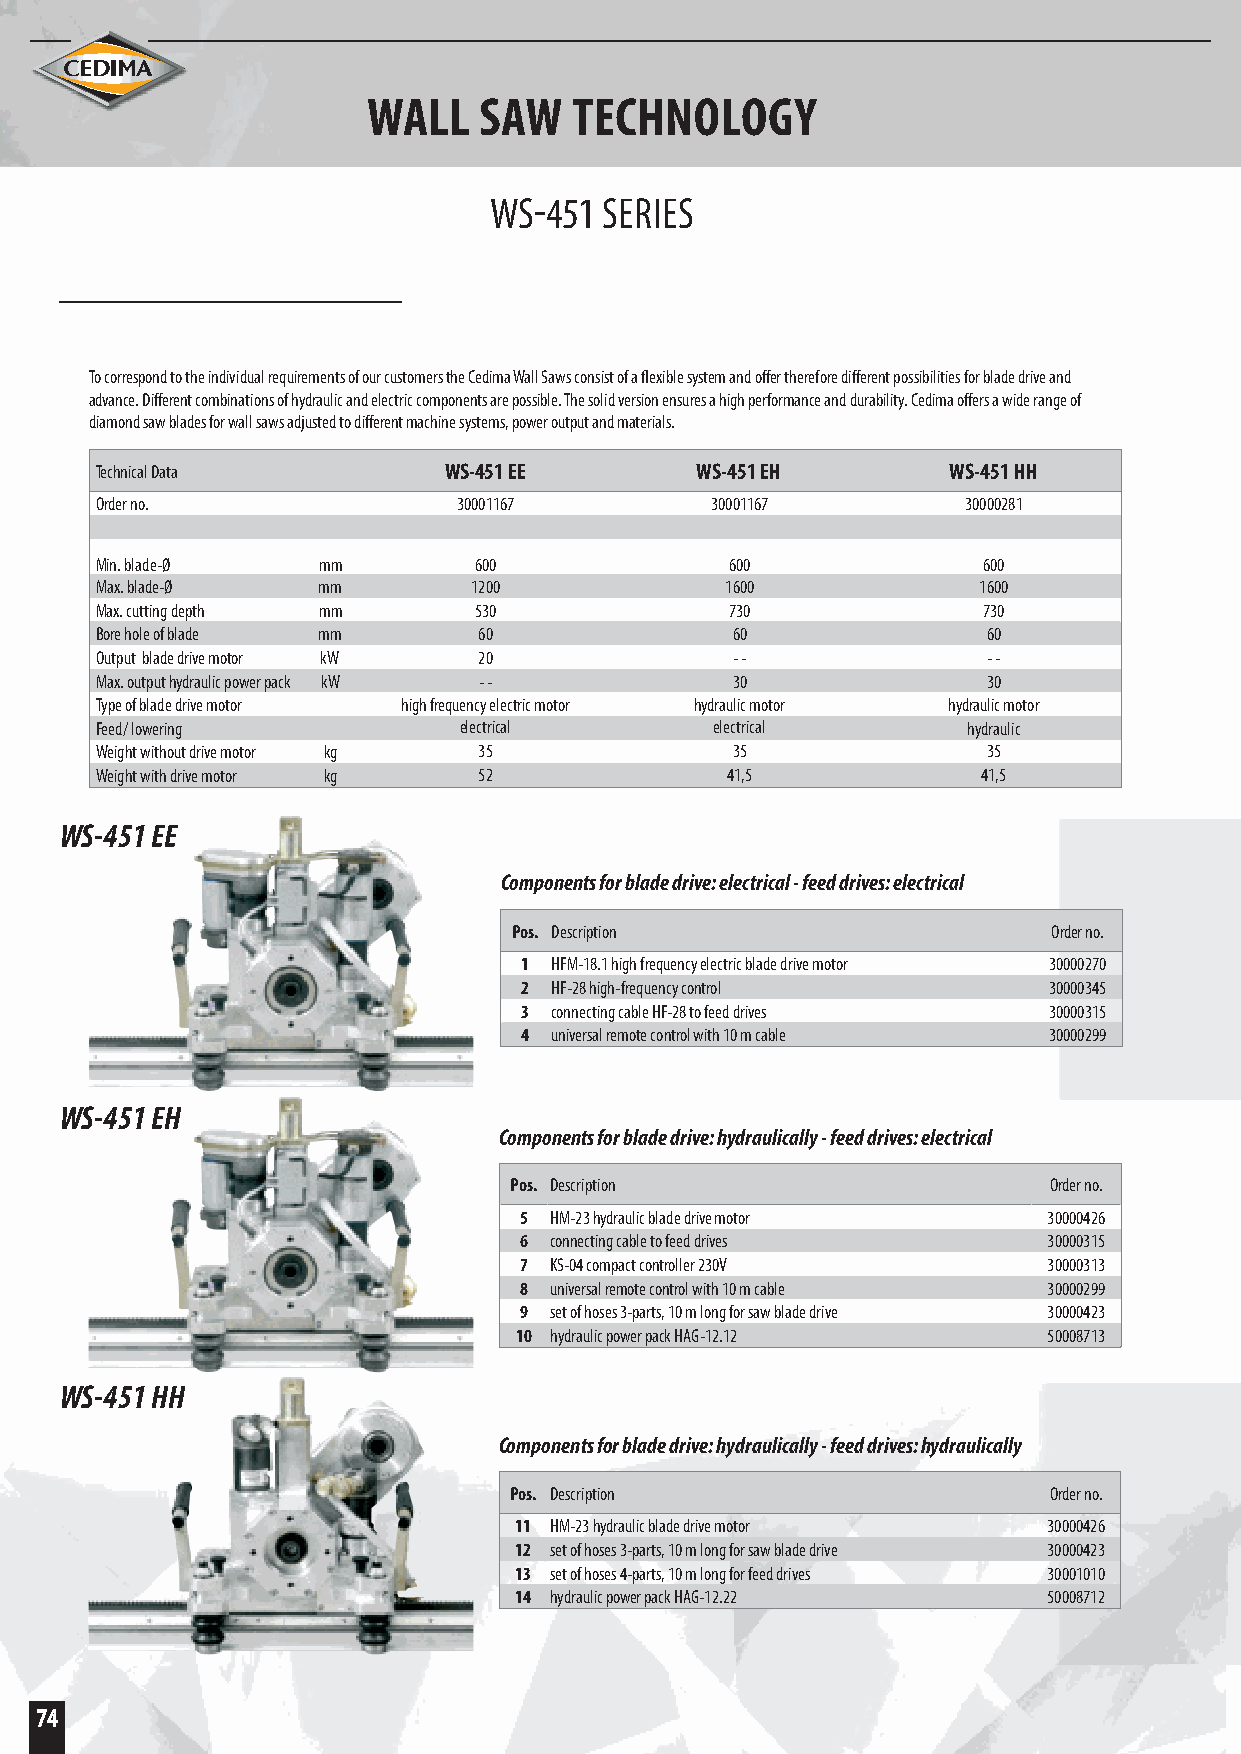
WALL    SAW   TECHNOLOGY
 WS-451  SERIES
 To correspond to the individual requirements of our customers the Cedima Wall Saws consist of a flexible system and offer therefore different possibilities for blade drive and
 advance. Different combinations of hydraulic and electric components are possible. The solid version ensures a high performance and durability. Cedima offers a wide range of
 diamond saw blades for wall saws adjusted to different machine systems, power output and materials.
 Technical Data         WS-451 EE        WS-451 EH        WS-451 HH
 Order no.               30001167         30001167         30000281
 Min. blade-Ø   mm        600              600              600
 Max. blade-Ø   mm        1200             1600             1600
 Max. cutting depth mm    530              730              730
 Bore hole of blade mm     60              60               60
 Output blade drive motor kW 20            - -              - -
 Max. output hydraulic power pack kW - -   30               30
 Type of blade drive motor high frequency electric motor hydraulic motor hydraulic motor
 Feed/ lowering          electrical       electrical       hydraulic
 Weight without drive motor kg 35          35               35
 Weight with drive motor kg 52             41,5             41,5
 WS-451 EE
 Components for blade drive: electrical - feed drives: electrical
 Pos. Description                    Order no.
 1 HFM-18.1 high frequency electric blade drive motor 30000270
 2 HF-28 high-frequency control     30000345
 3 connecting cable HF-28 to feed drives 30000315
 4 universal remote control with 10 m cable 30000299
 WS-451 EH
 Components for blade drive: hydraulically - feed drives: electrical
 Pos. Description                   Order no.
 5 HM-23 hydraulic blade drive motor 30000426
 6 connecting cable to feed drives  30000315
 7 KS-04 compact controller 230V    30000313
 8 universal remote control with 10 m cable 30000299
 9 set of hoses 3-parts, 10 m long for saw blade drive 30000423
 10 hydraulic power pack HAG-12.12  50008713
 WS-451 HH
 Components for blade drive: hydraulically - feed drives: hydraulically
 Pos. Description                   Order no.
 11 HM-23 hydraulic blade drive motor 30000426
 12 set of hoses 3-parts, 10 m long for saw blade drive 30000423
 13 set of hoses 4-parts, 10 m long for feed drives 30001010
 14 hydraulic power pack HAG-12.22  50008712
 74